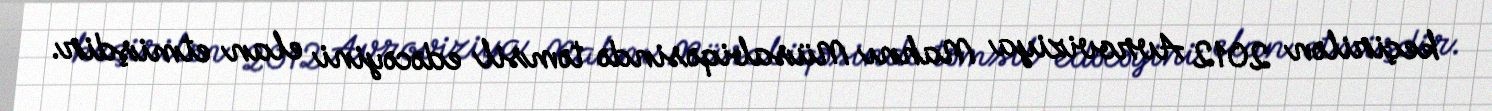
keçirilən 2012 Avroviziya Mahnı Müsabiqəsində təmsil edəcəyini elan etmişdir.